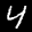
Label: 4